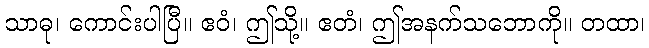
သာဓု၊ ကောင်းပါပြီ။ ဧဝံ၊ ဤသို့။ ဧတံ၊ ဤအနက်သဘောကို။ တထာ၊